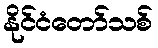
နိုင်ငံတော်သစ်